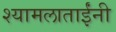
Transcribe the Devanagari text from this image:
श्यामलाताईंनी